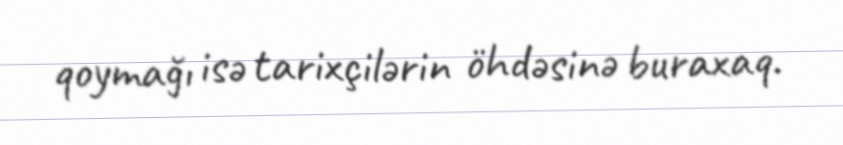
qoymağı isə tarixçilərin öhdəsinə buraxaq.